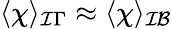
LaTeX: \langle\chi\rangle_{\mathcal I\Gamma}\approx\langle\chi\rangle_{\mathcal{IB}}